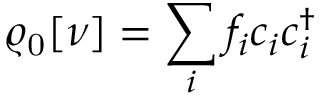
\begin{array} { l } { { \displaystyle \varrho _ { \mathrm { 0 } } [ { \nu } ] = \sum _ { i } f _ { i } c _ { i } c _ { i } ^ { \dagger } } } \end{array}